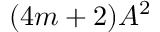
( 4 m + 2 ) A ^ { 2 }